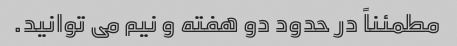
مطمئناً در حدود دو هفته و نیم می توانید.